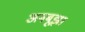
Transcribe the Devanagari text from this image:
अनबूझा